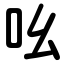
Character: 吆